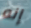
إنه